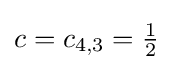
c=c_{4,3}={\tfrac {1}{2}}